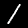
Digit: 1